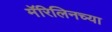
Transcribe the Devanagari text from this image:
मॅरिलिनच्या